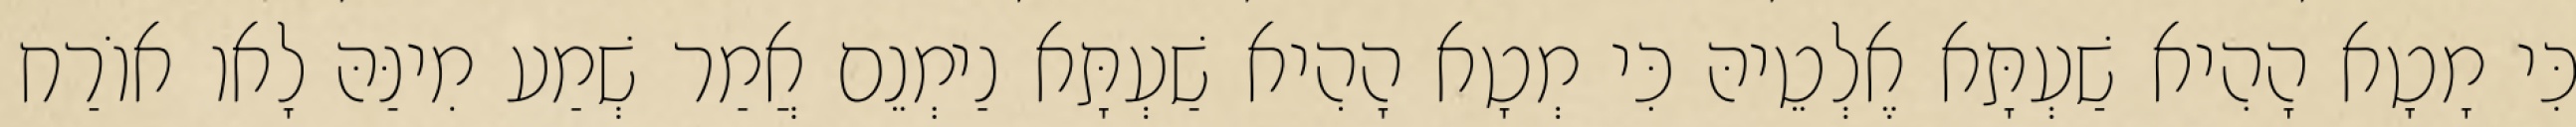
כִּי מָטָא הָהִיא שַׁעְתָּא אֶלְטֵיהּ כִּי מְטָא הָהִיא שַׁעְתָּא נַימְנֵם אֲמַר שְׁמַע מִינַּהּ לָאו אוֹרַח